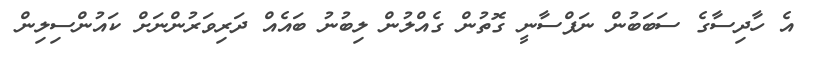
އެ ހާދިސާގެ ސަބަބުން ނަފްސާނީ ގޮތުން ގެއްލުން ލިބުނު ބައެއް ދަރިވަރުންނަށް ކައުންސިލިން